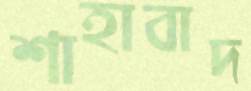
শাহাবাদ